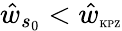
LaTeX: \hat{w}_{s_{0}}<\hat{w}_{\mathrm{\tiny KPZ}}